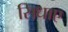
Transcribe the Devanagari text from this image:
सिधाए